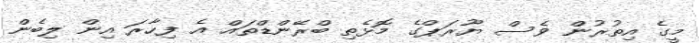
މީގެ އިތުރުން ވެސް ޔޫރަޕްގެ މޮޅެތި ބްރޭންޑްތައް އެ ފިހާރަ އިން ލިބެން